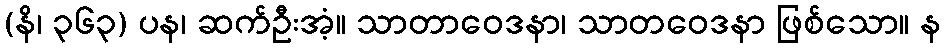
(နိ၊ ၃၆၃) ပန၊ ဆက်ဦးအံ့။ သာတာဝေဒနာ၊ သာတဝေဒနာ ဖြစ်သော။ န